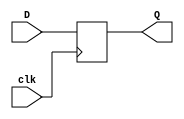
module RisingEdge_DFlipFlop(
    D, clk, Q
);
    input wire D; // Data input 
    input wire clk; // clock input 
    output reg Q; // output Q 

    initial begin
        Q <= 0;
    end

    always @(posedge clk) begin
        Q <= D; 
    end 
endmodule